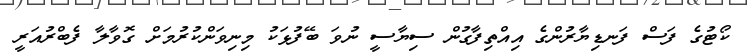
ކޯޓުގެ ފަސް ފަނޑިޔާރުންގެ އިއްތިފާގުން ސިޔާސީ ނުވަ ބޭފުޅަކު މިނިވަންކުރުމަށް ގޮވާލާ ފެބްރުއަރީ